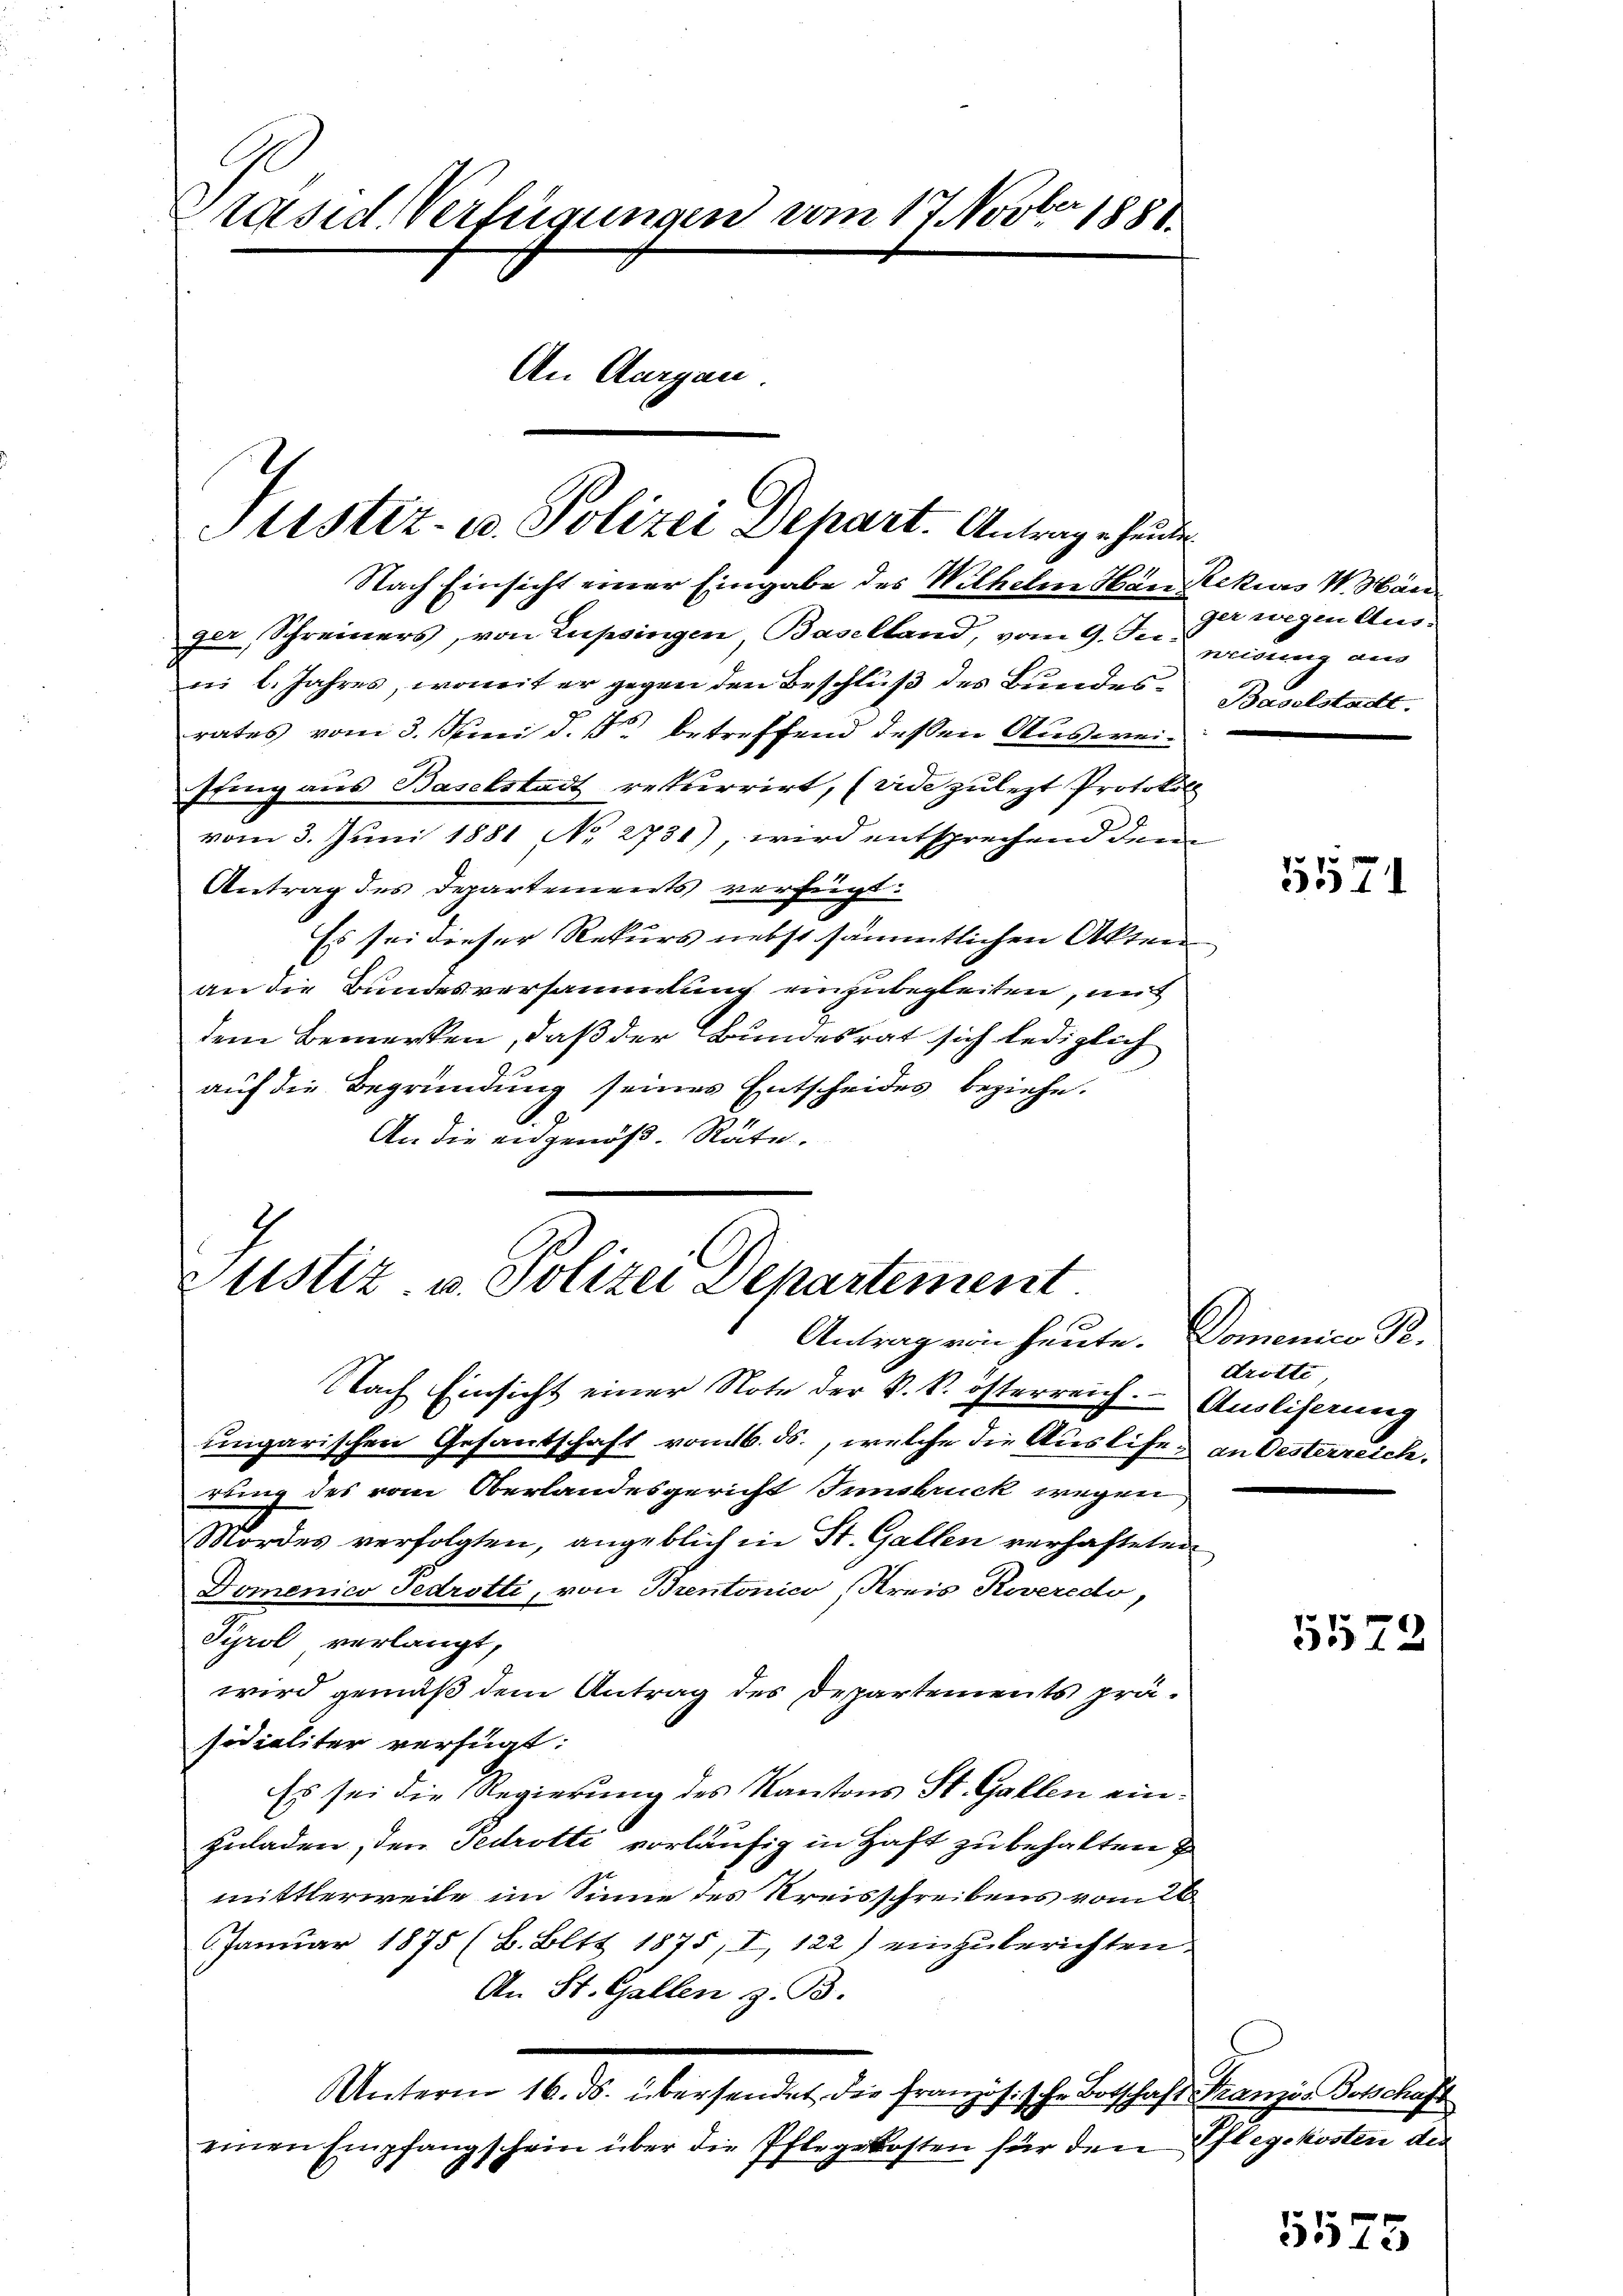
räsid. Verfügungen vom 17. Novber 1881.
An Aargau
Justiz- u. Polizei Depart. Antrag ehenden

Nach Einsicht einer Eingabe des Wilhelm Hän Rekurs W. Hän
ger, Schreiners, von Lupsingen, Baselland, vom 9. Je 9 wegen Ausni l. Jahres, womit er gegen den Beschluß des Bundesrates vom 3. Juni d. J. betreffend deßen Auswei¬
Pfing aus Baselstadt rekurrirt, (vide zulezt Protokoll
vom 3. Juni 1881 No 2731), wird entsprechend dem
Antrag des Departements verfügt:
Es sei dieser Rekurs nebst sämmtlichen Akten
an die Bundesversammlung einzubegleiten, mit
dem Bemerken, daß der Bundesrat sich lediglich
auf die Begründung seines Entscheides beziehe.
An die eidgenöß. Räte.

Justiz u. Polizei Departement.
Antrag von heute. Domenico P.
Nach Einsicht einer Note der k. k. österreich. - Ausliserung

ungarischen Gesantschaft vom 16. ds., welche die Auslifer an Oesterreich.
rung des vom Oberlandesgericht Innsbruck wegen
Mordes verfolgten, angeblich in St. Gallen verhafteten
Domenico Fedrotti, von Brentonico, Kreis Koveredo,
Syrol verlangt,
wird gemäß dem Antrag des Departements präsidialiter verfügt:
Es sei die Regierung des Kantons St. Gallen einzuladen, den Fedrotti vorläufig in Haft zu behalten
mittlerweile im Sinne des Kreisschreibens vom 26
Januar 1875 (B. Bltt 1875, I, 122) einzuberichten.
An St. Gallen z. B.
Unterm 16. ds. übersendet die französische Botschaft Französ. Botschaft
einen Empfangschein über die Pflegekosten für den Pflegekosten der

neisung aus
Baselstadt.

drotte

5571

5572

5575